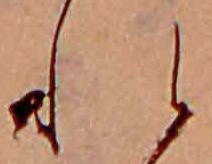
れ